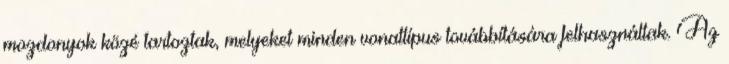
mozdonyok közé tartoztak, melyeket minden vonattípus továbbítására felhasználtak. Az